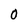
Character: O